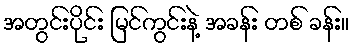
အတွင်းပိုင်း မြင်ကွင်းနဲ့ အခန်း တစ် ခန်း။